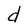
Character: d